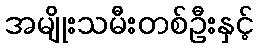
အမျိုးသမီးတစ်ဦးနှင့်